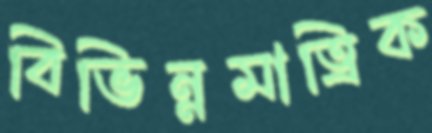
বিভিন্নমাত্রিক